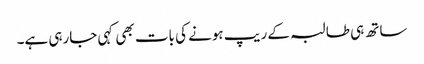
ساتھ ہی طالبہ کے ریپ ہونے کی بات بھی کہی جارہی ہے۔